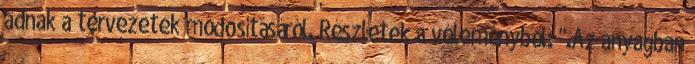
adnak a tervezetek módosításáról. Részletek a véleményből: ".Az anyagban